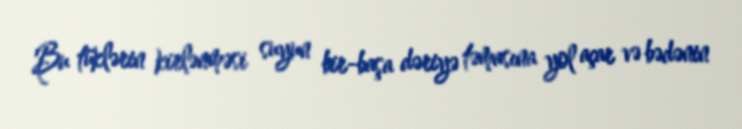
Bu tüklərin kirlənməsi suyun bir-başa dəriyə təmasına yol açar və bədənin